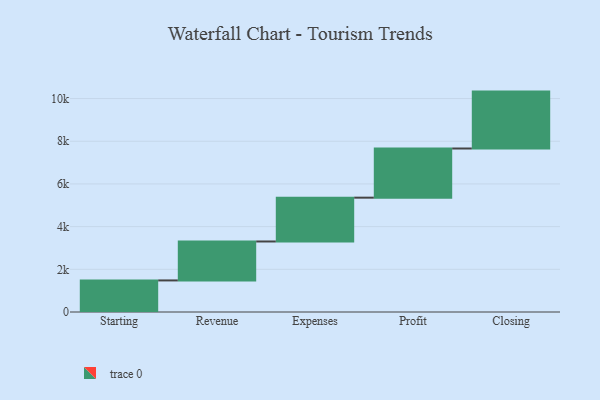
{"axis": {"x": "Step", "y": "Value"}, "legend": [""], "data": [{"x": "Starting", "y": 1479.0, "type": ""}, {"x": "Revenue", "y": 1825.0, "type": ""}, {"x": "Expenses", "y": 2053.0, "type": ""}, {"x": "Profit", "y": 2303.0, "type": ""}, {"x": "Closing", "y": 2666.0, "type": ""}]}